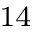
^ { 1 4 }